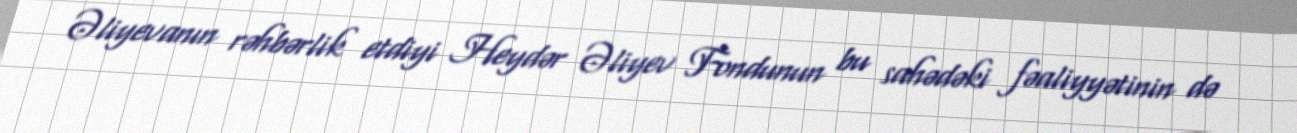
Əliyevanın rəhbərlik etdiyi Heydər Əliyev Fondunun bu sahədəki fəaliyyətinin də